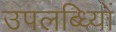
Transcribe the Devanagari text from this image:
उपलब्ध्यिों